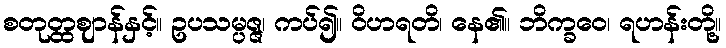
စတုတ္ထဈာန်နှင့်။ ဥပသမ္ပဇ္ဇ၊ ကပ်၍။ ဝိဟရတိ၊ နေ၏။ ဘိက္ခဝေ၊ ရဟန်းတို့။